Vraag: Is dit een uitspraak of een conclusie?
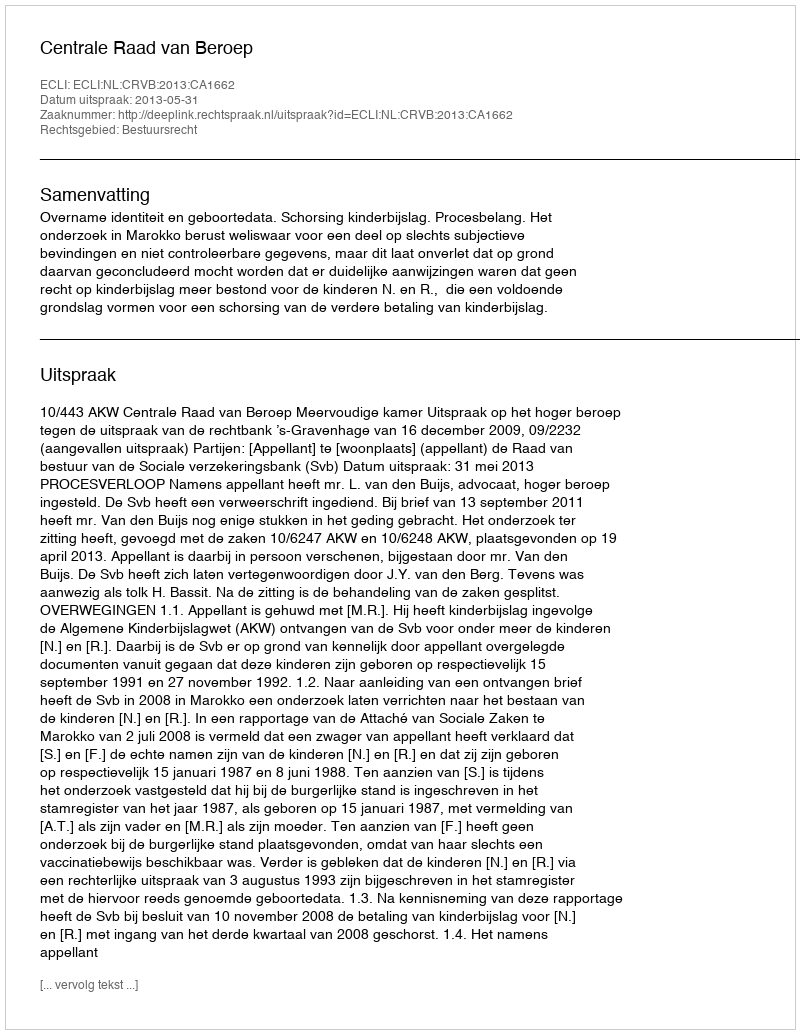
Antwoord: Uitspraak